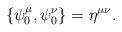
LaTeX: \begin{align*}\{\psi_0^\mu, \psi_0^\nu\} = \eta^{\mu\nu}.\end{align*}